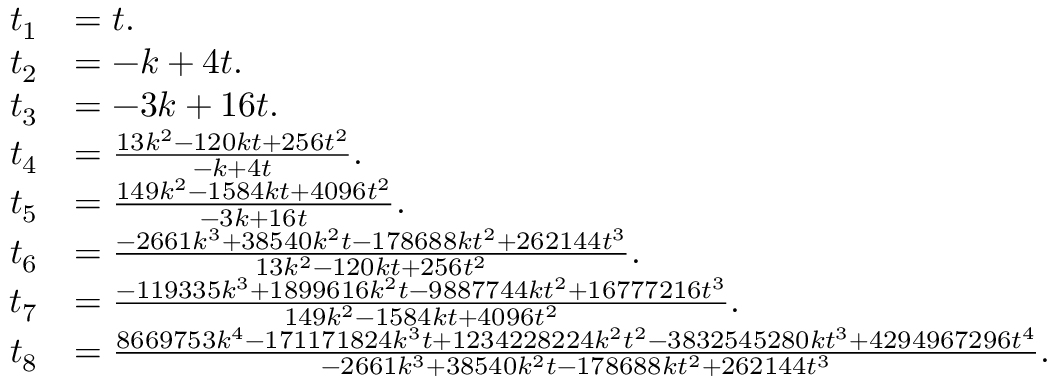
\begin{array} { r l } { t _ { 1 } } & { = t . } \\ { t _ { 2 } } & { = - k + 4 t . } \\ { t _ { 3 } } & { = - 3 k + 1 6 t . } \\ { t _ { 4 } } & { = \frac { 1 3 k ^ { 2 } - 1 2 0 k t + 2 5 6 t ^ { 2 } } { - k + 4 t } . } \\ { t _ { 5 } } & { = \frac { 1 4 9 k ^ { 2 } - 1 5 8 4 k t + 4 0 9 6 t ^ { 2 } } { - 3 k + 1 6 t } . } \\ { t _ { 6 } } & { = \frac { - 2 6 6 1 k ^ { 3 } + 3 8 5 4 0 k ^ { 2 } t - 1 7 8 6 8 8 k t ^ { 2 } + 2 6 2 1 4 4 t ^ { 3 } } { 1 3 k ^ { 2 } - 1 2 0 k t + 2 5 6 t ^ { 2 } } . } \\ { t _ { 7 } } & { = \frac { - 1 1 9 3 3 5 k ^ { 3 } + 1 8 9 9 6 1 6 k ^ { 2 } t - 9 8 8 7 7 4 4 k t ^ { 2 } + 1 6 7 7 7 2 1 6 t ^ { 3 } } { 1 4 9 k ^ { 2 } - 1 5 8 4 k t + 4 0 9 6 t ^ { 2 } } . } \\ { t _ { 8 } } & { = \frac { 8 6 6 9 7 5 3 k ^ { 4 } - 1 7 1 1 7 1 8 2 4 k ^ { 3 } t + 1 2 3 4 2 2 8 2 2 4 k ^ { 2 } t ^ { 2 } - 3 8 3 2 5 4 5 2 8 0 k t ^ { 3 } + 4 2 9 4 9 6 7 2 9 6 t ^ { 4 } } { - 2 6 6 1 k ^ { 3 } + 3 8 5 4 0 k ^ { 2 } t - 1 7 8 6 8 8 k t ^ { 2 } + 2 6 2 1 4 4 t ^ { 3 } } . } \end{array}